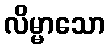
လိမ္မာသော